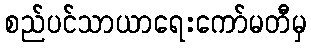
စည်ပင်သာယာရေးကော်မတီမှ